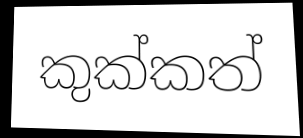
කුක්කත්